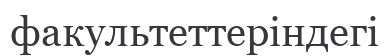
факультеттеріндегі